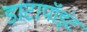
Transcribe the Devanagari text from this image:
डाटापॉइंट